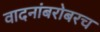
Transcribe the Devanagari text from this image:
वादनांबरोबरच